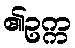
၏ဥက္က